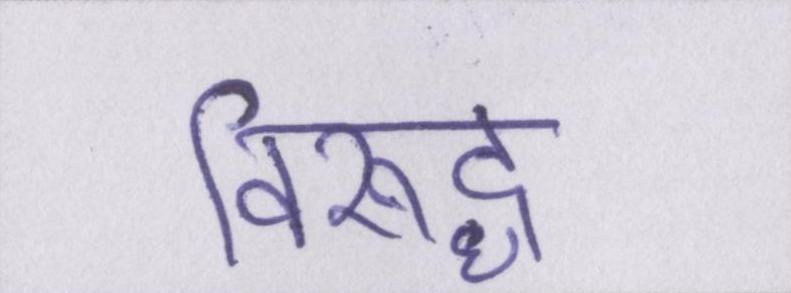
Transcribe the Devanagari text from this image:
विरूद्ध